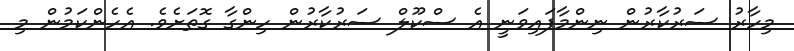
މިހާރު ސަރުކާރުން ނިންމާފައިވަނީ އެ ސްކޫލް ސަރުކާރުން ހިންގާ ގޮތަށެވެ. އެހެންކަމުން މި